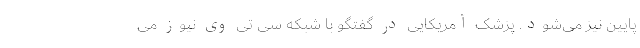
پایین نیز می‌شود. پزشک آمریکایی در گفتگو با شبکه سی تی وی نیوز می